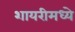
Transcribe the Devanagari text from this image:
शायरीमध्ये